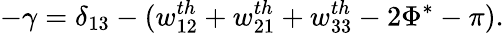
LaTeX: -\gamma=\delta_{13}-(w_{12}^{th}+w_{21}^{th}+w_{33}^{th}-2\Phi^{*}-\pi).